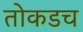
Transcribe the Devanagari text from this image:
तोकडच